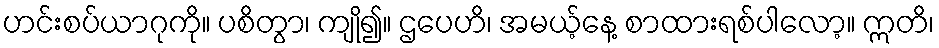
ဟင်းစပ်ယာဂုကို။ ပစိတွာ၊ ကျို၍။ ဌပေဟိ၊ အမယ့်နေ့ စာထားရစ်ပါလော့။ ဣတိ၊